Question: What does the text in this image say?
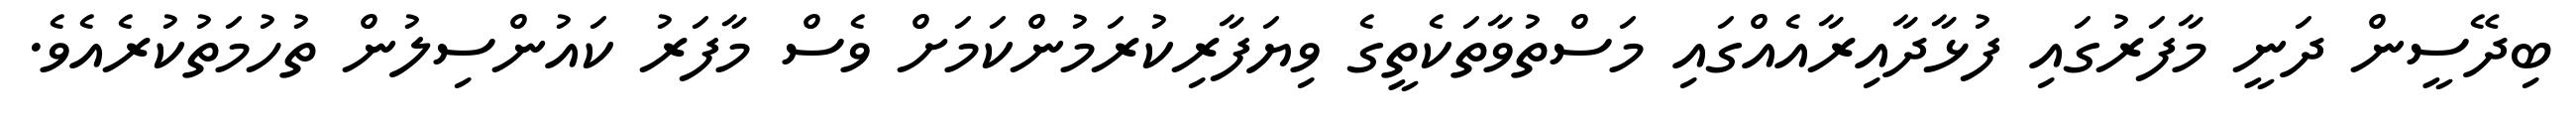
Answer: ބިދޭސީން ދަނީ މާފަރުގައި ފުޅާދާއިރާއެއްގައި މަސްތުވާތަކެތީގެ ވިޔަފާރިކުރަމުންކަމަށް ވެސް މާފަރު ކައުންސިލުން ތުހުމަތުކުރެއެވެ.